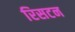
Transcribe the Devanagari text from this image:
रिसटन